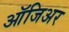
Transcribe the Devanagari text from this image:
ऑजिअर